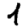
Digit: 1